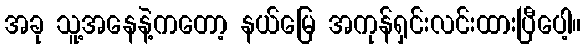
အခု သူ့အနေနဲ့ကတော့ နယ်မြေ အကုန်ရှင်းလင်းထားပြီပေါ့။